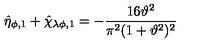
\hat { \eta } _ { \phi , 1 } + \hat { \chi } _ { \lambda \phi , 1 } = - \frac { 1 6 \vartheta ^ { 2 } } { \pi ^ { 2 } ( 1 + \vartheta ^ { 2 } ) ^ { 2 } }